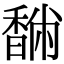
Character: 䭱